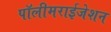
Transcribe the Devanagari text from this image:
पॉलीमराईजेशन